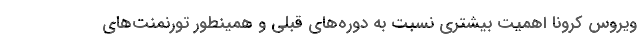
ویروس کرونا اهمیت بیشتری نسبت به دوره‌های قبلی و همینطور تورنمنت‌های